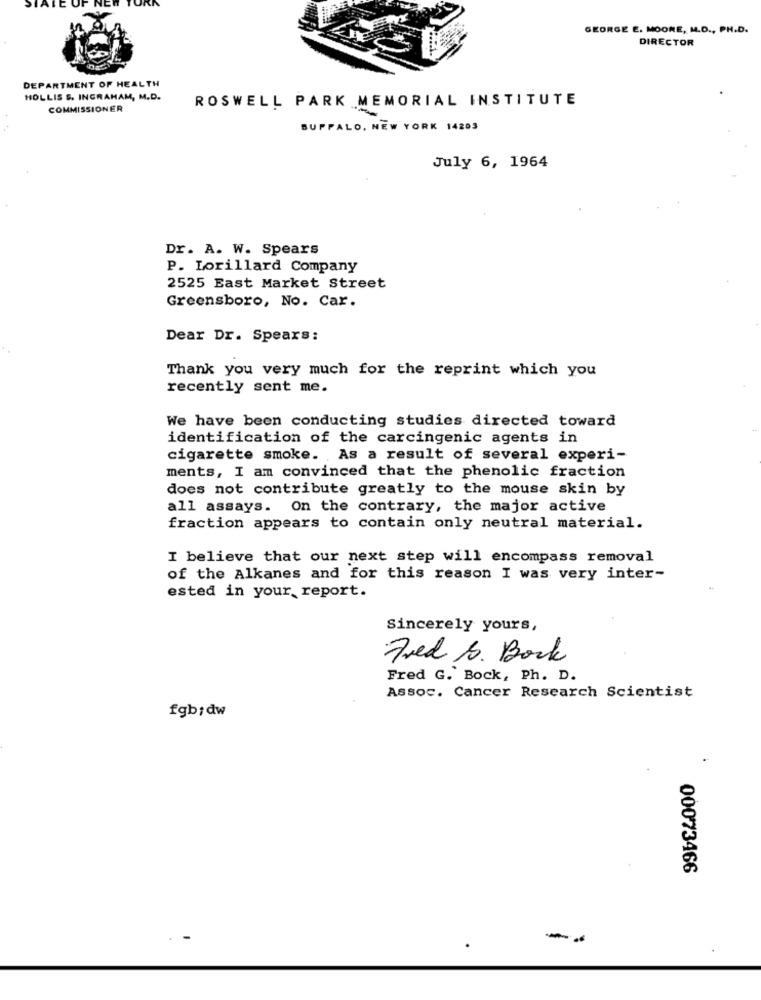
GEORGE E. MOORE, M.D ., PH.D.
DIRECTOR
DEPARTMENT OF HEALTH
HOLLIS &, INGRAHAM, M.D.
ROSWELL PARK MEMORIAL INSTITUTE
COMMISSIONER
BUPPALO, NEW YORK 14203
July 6, 1964
Dr. A. W. Spears
P. Lorillard Company
2525 East Market Street
Greensboro, No. Car.
Dear Dr. Spears:
Thank you very much for the reprint which you
recently sent me.
We have been conducting studies directed toward
identification of the carcingenic agents in
cigarette smoke. As a result of several experi-
ments, I am convinced that the phenolic fraction
does not contribute greatly to the mouse skin by
all assays. On the contrary, the major active
fraction appears to contain only neutral material.
I believe that our next step will encompass removal
of the Alkanes and for this reason I was very inter-
ested in your, report.
Sincerely yours,
Fred S. Bock
Fred G. Bock, Ph. D.
Assoc. Cancer Research Scientist
fgb; dw
00073466
--